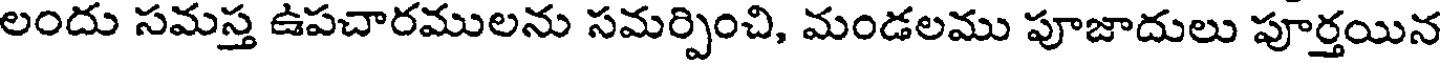
లందు సమస్త ఉపచారములను సమర్పించి, మండలము పూజాదులు పూర్తయిన